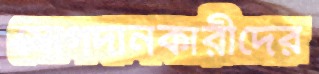
যোগদানকারীদের